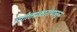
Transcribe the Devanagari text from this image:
संगीतप्रकारांपासून